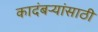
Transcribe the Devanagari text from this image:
कादंबऱ्यांसाठी